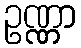
ဥဏ္ဏာ